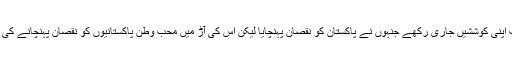
حکومت ان افراد کے خلاف اپنی کوششیں جاری رکھے جنہوں نے پاکستان کو نقصان پہنچایا لیکن اس کی آڑ میں محب وطن پاکستانیوں کو نقصان پہنچانے کی اجازت نہیں دی جائے گی۔